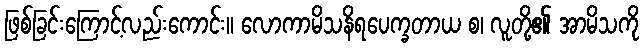
ဖြစ်ခြင်းကြောင့်လည်းကောင်း။ လောကာမိသနိရပေက္ခတာယ စ၊ လူတို့၏ အာမိသကို